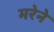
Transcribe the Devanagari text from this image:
मरेने